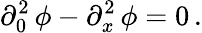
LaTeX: \partial_{0}^{2}\, \phi-\partial_{x}^{2}\, \phi=0\, .